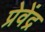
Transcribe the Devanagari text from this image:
प्रेवेंद्र